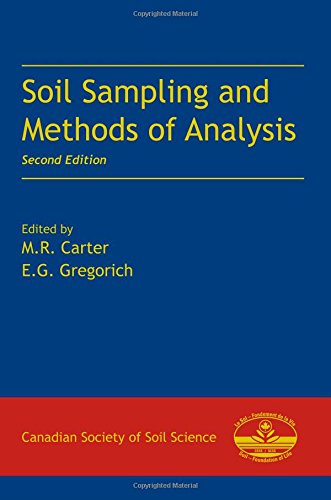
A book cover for Soil Sampling and Methods of Analysis, Second Edition; Science & Math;